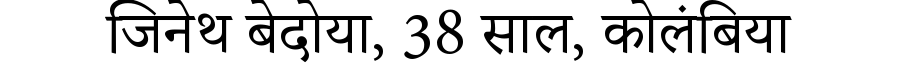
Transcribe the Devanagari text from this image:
जिनेथ बेदोया, 38 साल, कोलंबिया